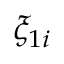
\xi _ { 1 i }